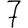
Digit: 7